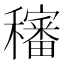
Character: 𥣳